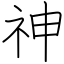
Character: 神